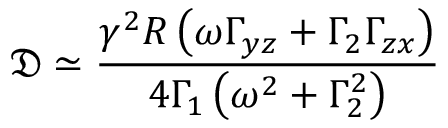
\mathfrak { D } \simeq \frac { \gamma ^ { 2 } R \left( \omega \Gamma _ { y z } + \Gamma _ { 2 } \Gamma _ { z x } \right) } { 4 \Gamma _ { 1 } \left( \omega ^ { 2 } + \Gamma _ { 2 } ^ { 2 } \right) }